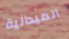
الميدالية